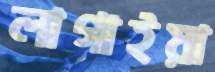
লাগাইয়া